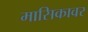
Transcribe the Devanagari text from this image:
मासिकावर